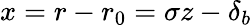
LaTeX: x=r-r_{0}=\sigma z-\delta_{b}